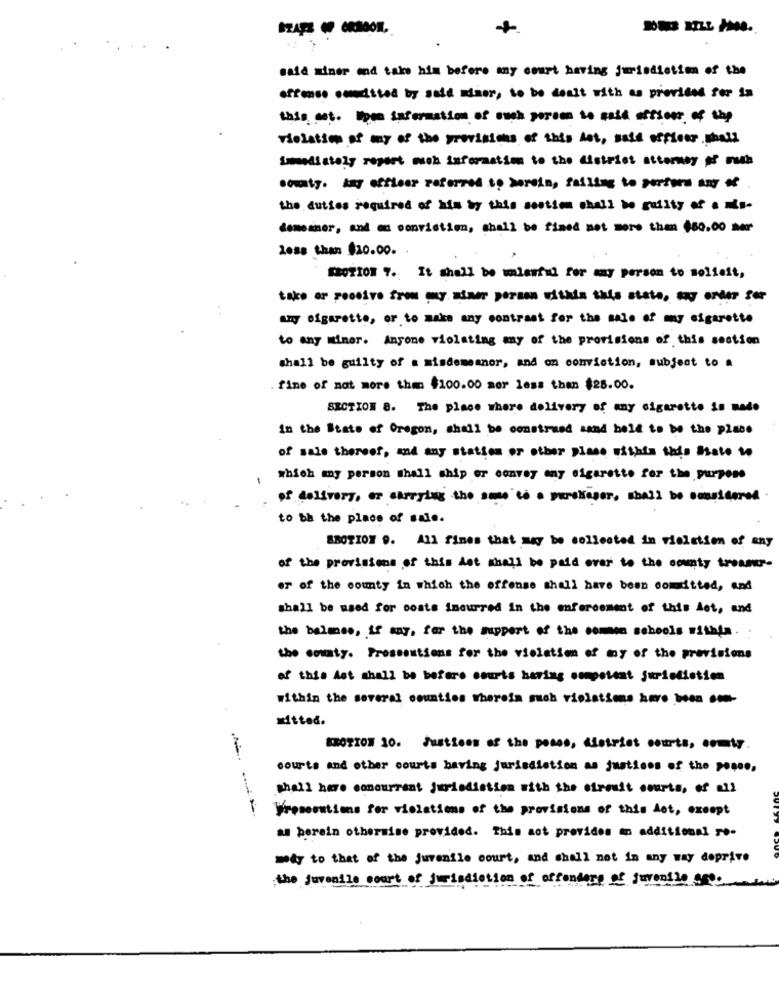
said miner and take him before my court having jurisdiction of the
offense ommitted by said miner, to be dealt with as provided for in
this mot. Upm information of such person to said offset of the
relation of my of the provisions of this het, said officer shall
immediately report much information to the district attorney of rh
somaty. Amy officer referred to bareis, failing to pertura a
the duties required of his by this section shall be guilty of . Ms-
demesner, and en sonvistien, shall be fined not more than $80.00 ser
less than $10.00.
SBOTION 7. It shall be umlawful for any person to solieit,
take or possive from my minor person within this stato, my order for
my sigarette, or to make any contract for the sale of my cigarette
to any minor. Anyone violating any of the provisions of this section
shall be guilty of a misdemeanor, and on conviction, subject to a
. fine of not more than $100.00 mor less than $28.00.
SECTION 8. The place where delivery of any cigarette is made
in the State of Oregon, shall be construed mand held to be the place
of sale thereef, and any station or other plase sithis this Ssate to
which any person shall ship er convey any sigarette for the purpose
of delivery, or carrying the same to a purchaser, shall be omsidered
to be the place of sale.
BROTION 9. All fines that may be collected in vieletion of any
of the provisions of this Ast mhall be paid over to the county trean-
er of the county in which the offense shall have been somditted, and
shall be used for costs incurred in the enforcement of this det, and
the balmse, if may, for the support of the common schools within.
the county. Pressentions for the violation of my of the provisions
of this Ast shall be before courts having competent jurisdiction
within the several counties wherein such violations have been com-
atted.
BROTION 10. Justinos of the poses, Aletrist courts, comty.
courts and other courts having jurisdiction as justices of the popso,
shall have concurrent jurisdiction with the circuit courts, of all
--
Výroserutims for violations of the provisions of this dot, except
as perein otherwise provided. This not provides an additional ro-
may to that of the juvenile court, and shall not in any way deprive
the juvenile court of jurisdiction of offenders of juvenile seo.